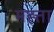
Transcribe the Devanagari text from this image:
मह्त्ता